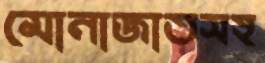
মোনাজাতসহ